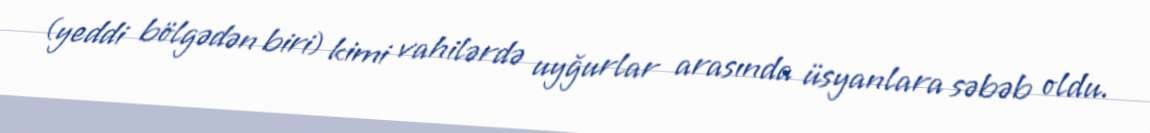
(yeddi bölgədən biri) kimi vahilərdə uyğurlar arasında üsyanlara səbəb oldu.